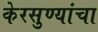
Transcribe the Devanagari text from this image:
केरसुण्यांचा